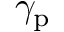
\gamma _ { \mathrm { p } }